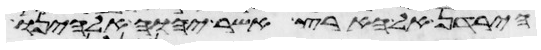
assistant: הירדן אל הארץ אשר יהוה אלהינו